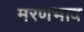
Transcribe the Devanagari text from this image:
मरणभाव